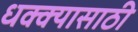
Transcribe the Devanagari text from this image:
धक्क्यासाठी